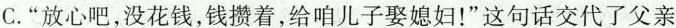
C.“放心吧没花钱,钱攒着,给咱儿子娶媳妇!”这句话交代了父亲